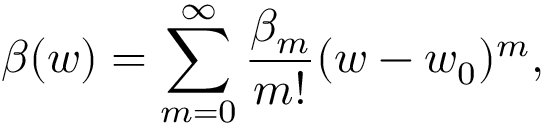
\beta ( w ) = \sum _ { m = 0 } ^ { \infty } \frac { \beta _ { m } } { m ! } ( w - w _ { 0 } ) ^ { m } ,